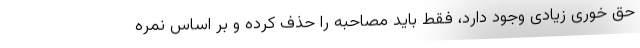
حق خوری زیادی وجود دارد، فقط باید مصاحبه را حذف کرده و بر اساس نمره